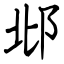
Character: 邶